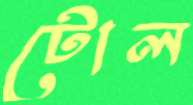
টোল